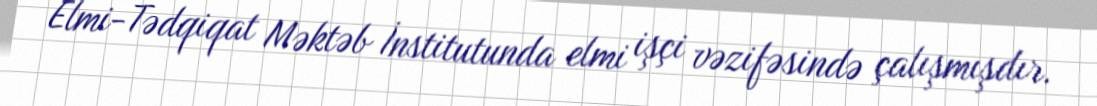
Elmi-Tədqiqat Məktəb İnstitutunda elmi işçi vəzifəsində çalışmışdır.